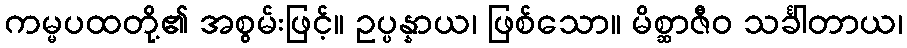
ကမ္မပထတို့၏ အစွမ်းဖြင့်။ ဥပ္ပန္နာယ၊ ဖြစ်သော။ မိစ္ဆာဇီဝ သင်္ခါတာယ၊